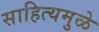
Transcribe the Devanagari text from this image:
साहित्यमुळे